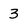
Character: 3